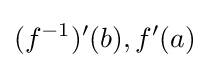
(f^{-1})'(b),f'(a)